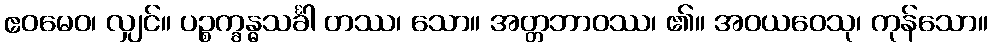
ဧဝမေဝ၊ လျှင်။ ပဉ္စက္ခန္ဓသင်္ခါ တဿ၊ သော။ အတ္တဘာဝဿ၊ ၏။ အဝယဝေသု၊ ကုန်သော။